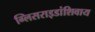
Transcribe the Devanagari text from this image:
ग्लिसराइडांशिवाय